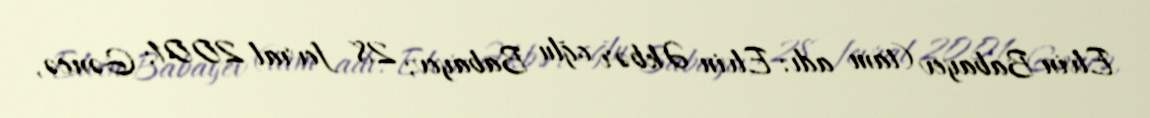
Elvin Babayev (tam adı: Elvin Əkbər oğlu Babayev; 28 fevral 2001; Gəncə,